Annual report of the Punjab Veterinary College and of the Civil Veterinary Department, Punjab - 1920-1925
Year: 1920
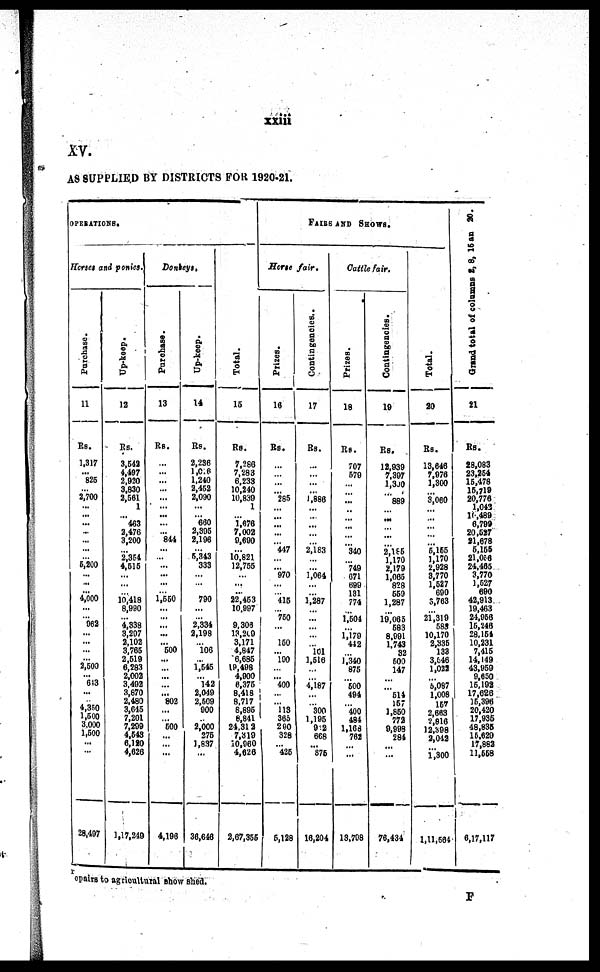
xxiii
XV.
AS SUPPLIED B Y DISTRICTS FOR 1920-21.
OPERATI ONS.
Horses and ponies.
Purchase.
11
RS.
1, 317
... 826
... 8, 700
... ... ... ...
... ...
... 5, 200
... ...
4, 000
... ... 962
...
... ...
... 2, 500
... 613
... ...
4, 350
1, 500
3, 000
1, 500
...
...
28, 407
Up-keep.
12
R s .
3, 542
4, 497
2, 920
3, 830
2, 581
1
... 463
2, 476
3, 200
... 2, 354
4, 515
...
... 10, 418
8, 990
... 4, 338
3, 207
2, 102
3, 765
2, 519
6, 283
2, 002
3, 492
3, 870
2, 480
3, 045
7, 201
7, 209
4, 643
6, 120
4, 626
1, 17, 249
Donkeys.
Purchase.
13
RS.
...
... ...
... ...
... ...
... ... 844
... ... ... ...
... 1, 550
... ... ... ... ... 500
...
... ... ... ... 802
...
... 500
... ... ...
4, 196
Up-keep.
14
Rs.
2, 236
1,908 1, 240
2, 452
2, 090
... ... 660
2,805
2, 196
... 5, 343 333
... ... 790
... ... 2, 334
2, 198
... 106
... 1, 545
... 142
2, 040
2, 609 900
... 2, 000 276
1, 837
36, 646
Total.
15
RS.
7, 288
7, 283
6, 238
10, 240
10, 830
1
... 1,676
7, 002
9, 690
... 10, 821
12, 755
... ...
22, 453
10, 997
... 9, 308
13, 209
3, 171
4, 847
6, 685
19, 498
4, 900
6, 375
8, 418
8, 717
8, 895
8, 841
24, 312
7, 310
10, 960
4, 626
2, 67, 355
FAIRS AND SHOWS.
Horse fair.
Prizes.
16
Rs.
...
... ... ... 285
... ... ... ...
... 447
... ... 970
... 415
... 750
...
... 150
... 100
... ... 400
...
... 113
366
290 328
... 425
6, 128
Contingencies.
17
R s .
...
... ... ... 1, 886
... ... ... ... ...
2, 183
... ...
1, 064
... 1, 287
... ... ... ... ... 101
1, 516
... ... 4, 187
... ... 300
1, 195 912 608
... 875
16, 204
Cattle fair.
Prizes.
18
RS.
707
579
... ... ...
... ... ... ... ... 340
... 749
671 699 131 774
... 1, 504
... 1, 170 442
... 1, 340 875
... 500 494
... 400 484
1, 168 762
... ...
13, 708
Contingencies.
19
RS.
12, 939
7, 397
1,310
... 889
... ... ......
... ... 2,185 1, 170
2, 179
1, 065 828 559
1, 287
... 10, 065 583
8, 991
1, 743 82
600
147
... ... 514 157
1, 850 772
9, 998 284
... ...
76, 434
Total.
20
Rs.
13, 646
7, 976
1, 800
... 3,060
... ... ... ... ... 5,155 1, 170
2. 928
3, 770
1, 527 690
3, 763
... 21, 319 689
10, 170
2, 336 133
3,546 1, 022
... 5,087 1, 008 157
2, 663
2, 816
12, 398
2, 042
... 1, 300
1, 11, 664
Grand total of columns 2, 8, 16 as 20.
21
RS.
28, 083
23, 254
15, 478
15, 719
20, 776
1, 042
16, 489
6, 799
20, 527
31, 678
5, 155
21, 086
24, 465
3, 770
1, 527 690
42, 913.
19, 463
24, 956
15, 246
28, 154
10, 231
7, 415
14, 149
43, 959
9, 650
15, 192
17, 626
16, 396
20, 420
17, 9365
48, 836
15, 620
17, 882
11, 558
6, 17, 117
cpai ra t o agri cul tural show shed.
F